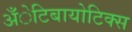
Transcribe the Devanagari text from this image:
अँेटिबायोटिक्स